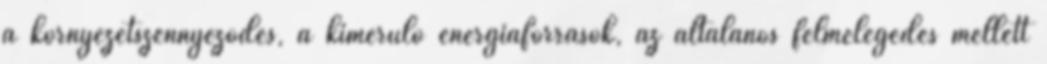
a környezetszennyeződés, a kimerülő energiaforrások, az általános felmelegedés mellett